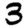
Digit: 3